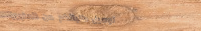
توصيل طلباتكم من المخبوزا